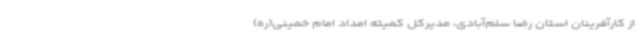
از کارآفرینان استان رضا سلم‌آبادی، مدیرکل کمیته امداد امام خمینی(ره)